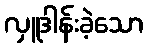
လှူဒါန်းခဲ့သော